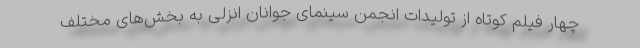
چهار فیلم کوتاه از تولیدات انجمن سینمای جوانان انزلی به بخش‌های مختلف